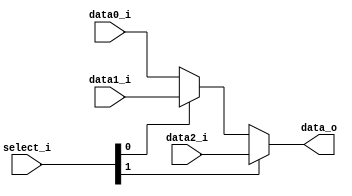
/***************************************************
Student Name: 
Student ID: 
***************************************************/

`timescale 1ns/1ps

module MUX_3to1(
	input   	[32-1:0] data0_i,       
	input   	[32-1:0] data1_i,
	input   	[32-1:0] data2_i,
	input       [ 2-1:0] select_i,
	output wire [32-1:0] data_o
               );			   

assign data_o = (select_i[1] ) ? data2_i : ((select_i[0] ) ? data1_i : data0_i);

endmodule